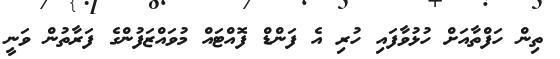
ތިން ހަފްތާއަށް ހުޅުވާފައި ހުރި އެ ފަންޑް ފޮއްޓައް މުވައްޒަފުންގެ ފަރާތުން ވަނީ